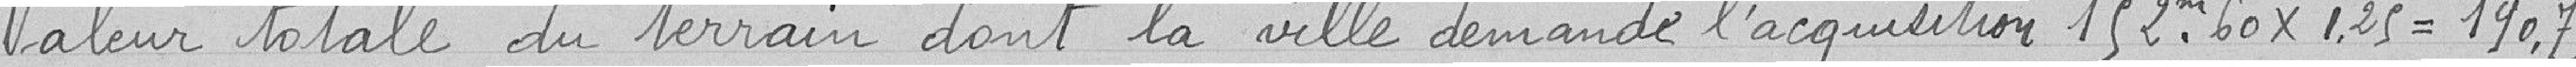
Valeur totale du terrain dont la ville demande l'acquisition 152,60 mètres carrés x 1,25 = 190,75 francs